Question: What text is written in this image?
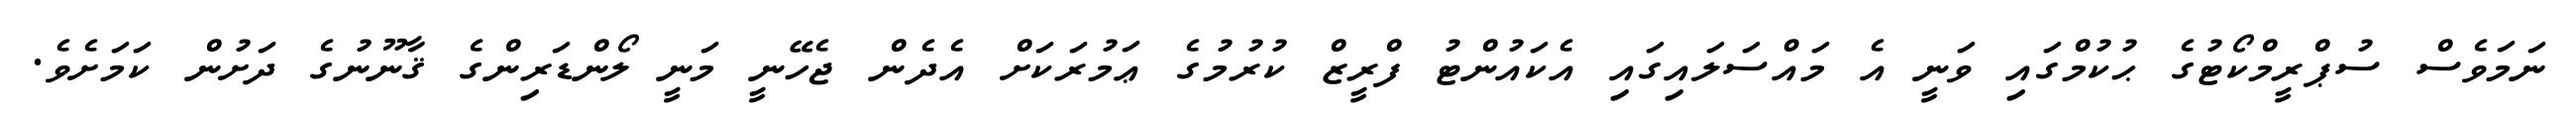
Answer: ނަމަވެސް ސުޕްރީމްކޯޓުގެ ޙުކުމްގައި ވަނީ އެ މައްސަލައިގައި އެކައުންޓު ފްރީޒް ކުރުމުގެ ޢަމުރަކަށް އެދެން ޖެހޭނީ މަނީ ލޯންޑަރިންގެ ޤާނޫނުގެ ދަށުން ކަމަށެވެ.